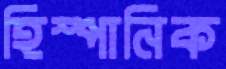
হিস্পানিক